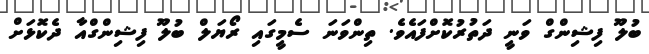
ބުލޫ ފިޝިންގް ވަނީ ދަތުރުކޮށްފައެވެ. ތިންވަނަ ސެމީގައި ރޯޔަލް ބުލޫ ފިޝިންގްއާ ދެކޮޅަށް